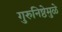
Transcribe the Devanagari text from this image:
गुरुनिष्ठेमुळे